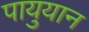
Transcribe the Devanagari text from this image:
पायुयान